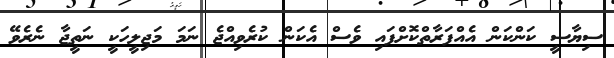
ސިޔާސީ ކަންކަން އެއްފަރާތްކޮށްފައި ވެސް އެކަން ކުރެވިއްޖެ ނަމަ މަޖިލީހަކީ ނަތީޖާ ނެރެވޭ